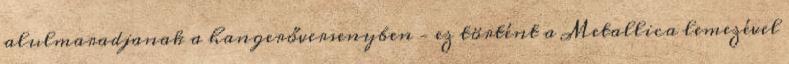
alulmaradjanak a hangerőversenyben – ez történt a Metallica lemezével